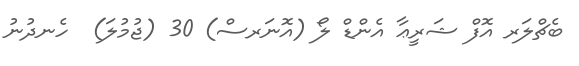
ބެޗްލަރ އޮފް ޝަރީޢާ އެންޑް ލޯ (އޮނަރސް) 30 (ޖުމުލަ)  ހެނދުނު